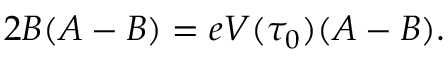
2 B ( A - B ) = e V ( \tau _ { 0 } ) ( A - B ) .